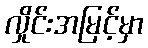
လှိုင်းအမြင့်မှာ